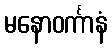
မနောဝင်္ကာနံ